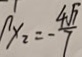
y _ { 2 } = - \frac { 4 \sqrt { 7 } } { 7 }